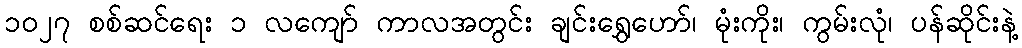
၁၀၂၇ စစ်ဆင်ရေး ၁ လကျော် ကာလအတွင်း ချင်းရွှေဟော်၊ မုံးကိုး၊ ကွမ်းလုံ၊ ပန်ဆိုင်းနဲ့